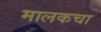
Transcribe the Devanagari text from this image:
मालकचा